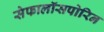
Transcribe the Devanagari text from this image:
सेफालॉसपोरिन